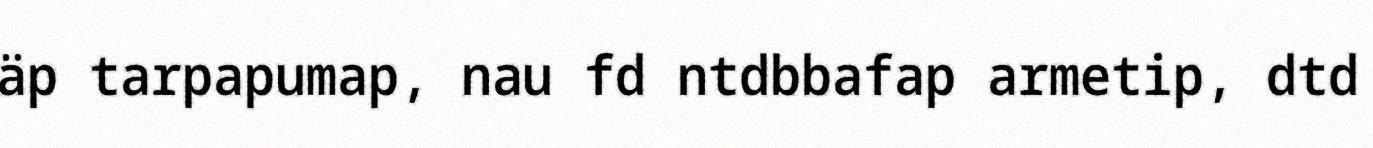
äp tarpapumap, nau fd ntdbbafap armetip, dtd